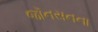
જૉનસનના